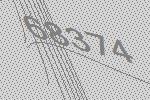
68374